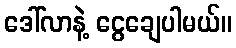
ဒေါ်လာနဲ့ ငွေချေပါမယ်။